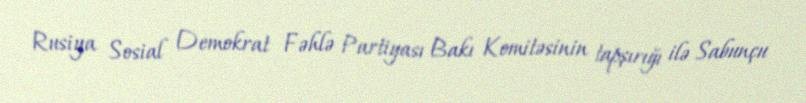
Rusiya Sosial Demokrat Fəhlə Partiyası Bakı Komitəsinin tapşırığı ilə Sabunçu